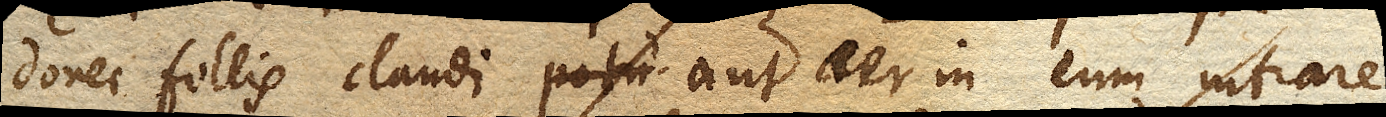
donec follis claudi aut aer in eum intrare